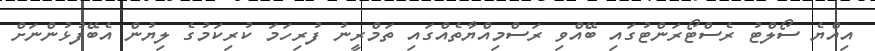
އިއްޔެ ސޯލްޓު ރެސްޓޯރަންޓުގައި ބޭއްވި ރަސްމިއްޔާތެއްގައި ތަމްރީނު ފުރިހަމަ ކުރިކަމުގެ ލިޔުން އެބޭފުޅުންނަށް